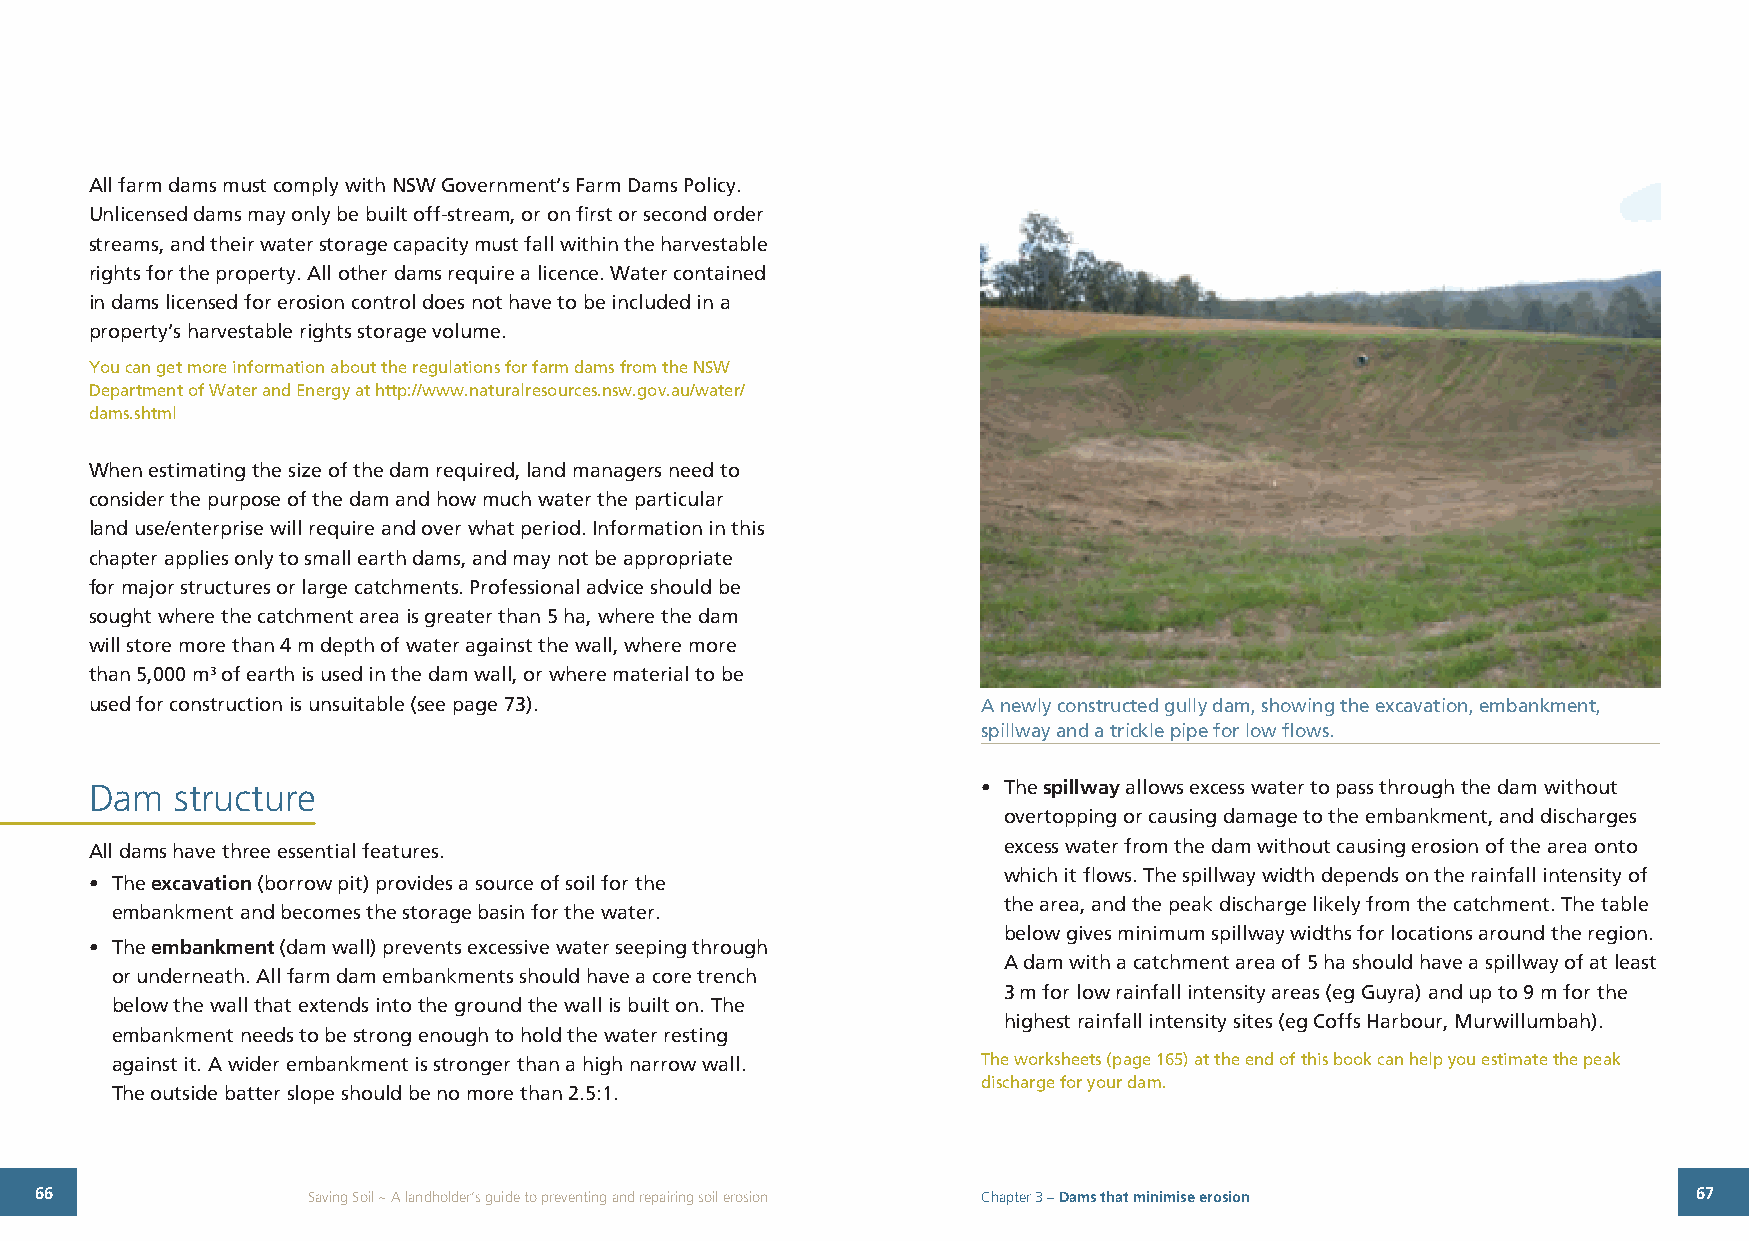
All farm dams must comply with NSW Government’s Farm Dams Policy.
 Unlicensed dams may only be built off-stream, or on first or second order
 streams, and their water storage capacity must fall within the harvestable
 rights for the property. All other dams require a licence. Water contained
 in dams licensed for erosion control does not have to be included in a
 property’s harvestable rights storage volume.
 You can get more information about the regulations for farm dams from the NSW
 Department of Water and Energy at http://www.naturalresources.nsw.gov.au/water/
 dams.shtml
 When estimating the size of the dam required, land managers need to
 consider the purpose of the dam and how much water the particular
 land use/enterprise will require and over what period. Information in this
 chapter applies only to small earth dams, and may not be appropriate
 for major structures or large catchments. Professional advice should be
 sought where the catchment area is greater than 5 ha, where the dam
 will store more than 4 m depth of water against the wall, where more
 than 5,000 m3 of earth is used in the dam wall, or where material to be
 used for construction is unsuitable (see page 73).         A newly constructed gully dam, showing the excavation, embankment,
 spillway and a trickle pipe for low flows.
 Dam   structure                                            • The spillway allows excess water to pass through the dam without
 overtopping or causing damage to the embankment, and discharges
 All dams have three essential features.                     excess water from the dam without causing erosion of the area onto
 which it flows. The spillway width depends on the rainfall intensity of
 • The excavation (borrow pit) provides a source of soil for the
 the area, and the peak discharge likely from the catchment. The table
 embankment and becomes the storage basin for the water.
 below gives minimum spillway widths for locations around the region.
 • The embankment (dam wall) prevents excessive water seeping through
 A dam with a catchment area of 5 ha should have a spillway of at least
 or underneath. All farm dam embankments should have a core trench
 3 m for low rainfall intensity areas (eg Guyra) and up to 9 m for the
 below the wall that extends into the ground the wall is built on. The
 highest rainfall intensity sites (eg Coffs Harbour, Murwillumbah).
 embankment needs to be strong enough to hold the water resting
 against it. A wider embankment is stronger than a high narrow wall. The worksheets (page 165) at the end of this book can help you estimate the peak
 discharge for your dam.
 The outside batter slope should be no more than 2.5:1.
 66                Saving Soil ~ A landholder’s guide to preventing and repairing soil erosion Chapter 3 – Dams that minimise erosion 67